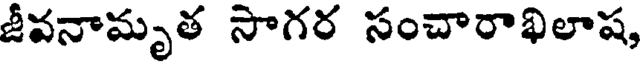
జీవనామృత సాగర సంచారాఖిలాష,